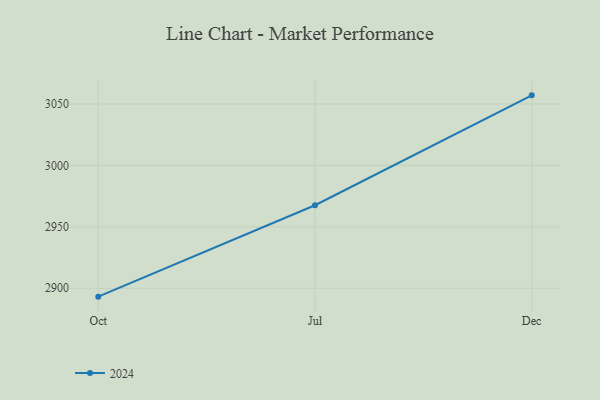
{"axis": {"x": "Month", "y": "Production Output"}, "legend": ["2024"], "data": [{"x": "Oct", "y": 2893.2, "type": "2024"}, {"x": "Jul", "y": 2967.6, "type": "2024"}, {"x": "Dec", "y": 3057.0, "type": "2024"}]}